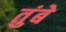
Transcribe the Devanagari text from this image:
तुंबे